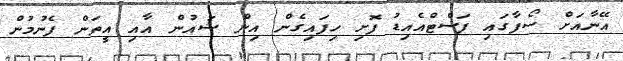
އޭނާއަށް ސޯފާގައި ފަސްޓްއެއިޑު ފޮށި ހިފައިގެން އިން ޝައުން އާއި އީތަން ފެނުމުން